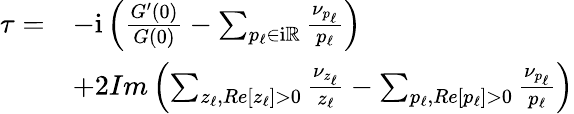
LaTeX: \begin{array}{r}{\begin{array}{rl}{\tau=}&{-\mathrm{i}\left(\frac{G^{\prime}(0)}{G(0)}-\sum_{p_{\ell}\in\mathrm{i}\mathbb{R}}\frac{\nu_{p_{\ell}}}{p_{\ell}}\right)}\\ &{+2Im\left(\sum_{z_{\ell},Re[z_{\ell}]>0}\frac{\nu_{z_{\ell}}}{z_{\ell}}-\sum_{p_{\ell},Re[p_{\ell}]>0}\frac{\nu_{p_{\ell}}}{p_{\ell}}\right)}\end{array}}\end{array}